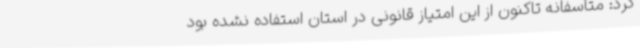
کرد: متأسفانه تاکنون از این امتیاز قانونی در استان استفاده نشده بود